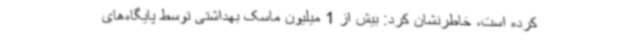
کرده است، خاطرنشان کرد: بیش از 1 میلیون ماسک بهداشتی توسط پایگاه‌های